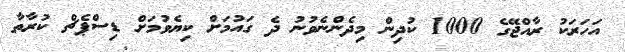
އަހަރަކު ރާއްޖޭގެ 1000 ކުދިން މިދެންނެވުނު ދެ ގައުމަށް ކިޔެވުމަށް ޑިސްޕެޗް ކުރާތާ